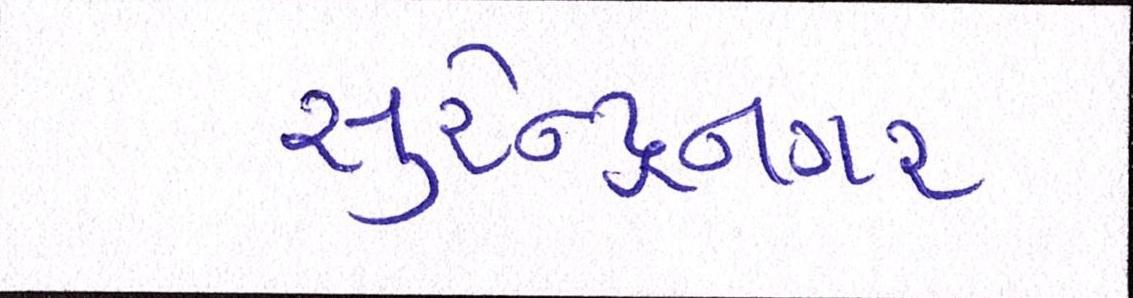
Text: સુરેન્દ્રનગર